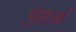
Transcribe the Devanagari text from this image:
पुशओं